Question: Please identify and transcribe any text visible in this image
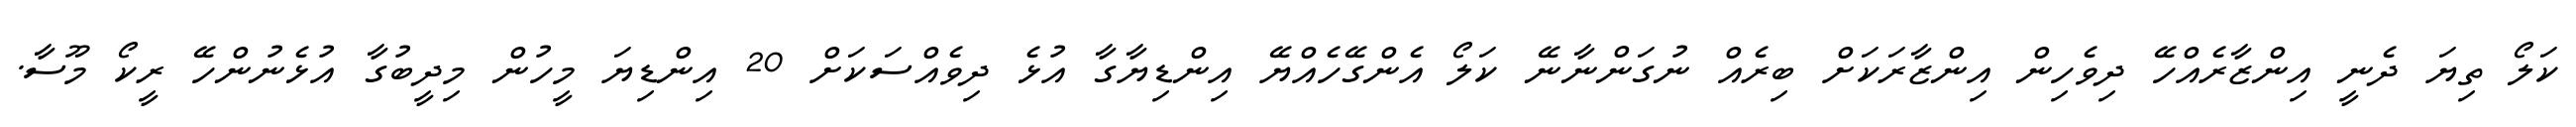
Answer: ކަލޯ ތިޔަ ދެނީ އިންޒާރެއްހޭ ދިވެހިން އިންޒާރަކަށް ބިރެއް ނުގަންނާނޭ ކަލޯ އެންގޭހެއްޔޭ އިންޑިޔާގާ އުޅެ ދިވެއްސަކަށް 20 އިންޑިޔަ މީހުން މިދީބުގާ އުޅެނުންހޭ ރީކޯ މޫސާ.